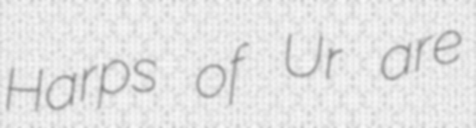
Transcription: Harps of Ur are